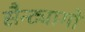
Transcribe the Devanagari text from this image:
सैन्ट्यागो